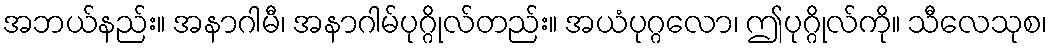
အဘယ်နည်း။ အနာဂါမီ၊ အနာဂါမ်ပုဂ္ဂိုလ်တည်း။ အယံပုဂ္ဂလော၊ ဤပုဂ္ဂိုလ်ကို။ သီလေသုစ၊